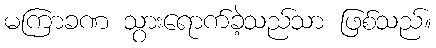
မကြာခဏ သွားရောက်ခဲ့သည်သာ ဖြစ်သည်။